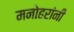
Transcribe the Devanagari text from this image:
मनोहरांनी